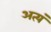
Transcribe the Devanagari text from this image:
अत्यं